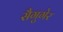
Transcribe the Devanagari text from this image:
सैगुगेर